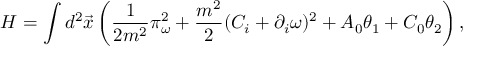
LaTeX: H = \int d ^ { 2 } \vec { x } \left( \frac 1 { 2 m ^ { 2 } } \pi _ { \omega } ^ { 2 } + \frac { m ^ { 2 } } { 2 } ( C _ { i } + \partial _ { i } \omega ) ^ { 2 } + A _ { 0 } \theta _ { 1 } + C _ { 0 } \theta _ { 2 } \right) ,